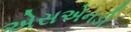
એસએનડી